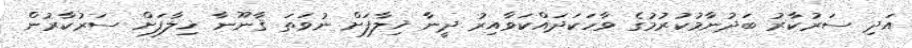
އަދި ސަރުކާރު ބަދުނާމުކުރުމުގެ ވާހަކަދައްކަވާއިރު ދީނާ ޚިލާފަށް ނުވަތަ ޤާނޫނާ ޚިލާފަށް ސަރުކާރުން